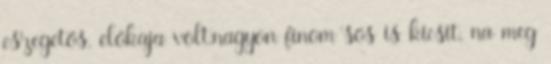
eszegetős, előkaja volt,nagyon finom sós is kicsit, na meg